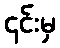
၎င်းမှ